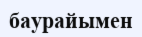
баурайымен